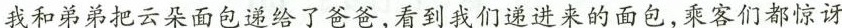
我和弟弟把云朵面包递给了爸爸，看到我们递进来的面包，乘客们都惊讶